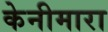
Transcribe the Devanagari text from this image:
केनीमारा